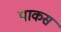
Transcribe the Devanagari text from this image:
पाकस